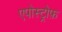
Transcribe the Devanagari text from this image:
एपोस्ट्रोफ़